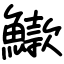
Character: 䲌